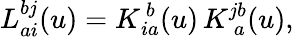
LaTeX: L\mathrm{}_{ai}^{bj}(u)=K\mathrm{}_{ia}^{\ b}(u)\, K\mathrm{}_{\ a}^{jb}(u),